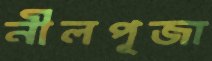
নীলপূজা